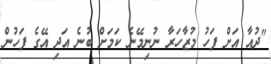
"ދުއާ އަށް ފަހު މުޒާހަރާ ނުނިމޭނެ ކަމަށް ބުނެ އަދި އޭގެ ފަހުން